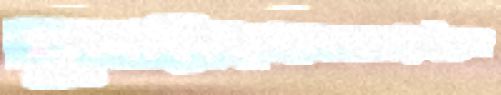
ঘুলাইবেগোলদাতারইহাল